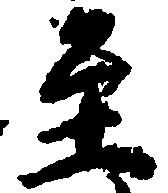
至